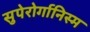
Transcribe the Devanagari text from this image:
सुपेरोर्गानिस्म